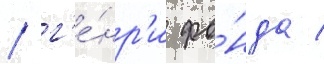
/ г'е́нр'и фо́нда /